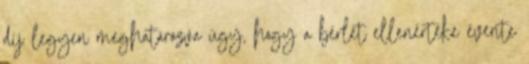
díj legyen meghatározva úgy, hogy a bérlet ellenértéke évente